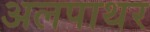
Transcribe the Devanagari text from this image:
अलपाथर